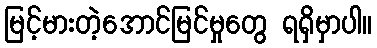
မြင့်မားတဲ့အောင်မြင်မှုတွေ ရရှိမှာပါ။